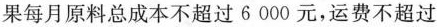
果每月原料总成本不超过6000元，运费不超过